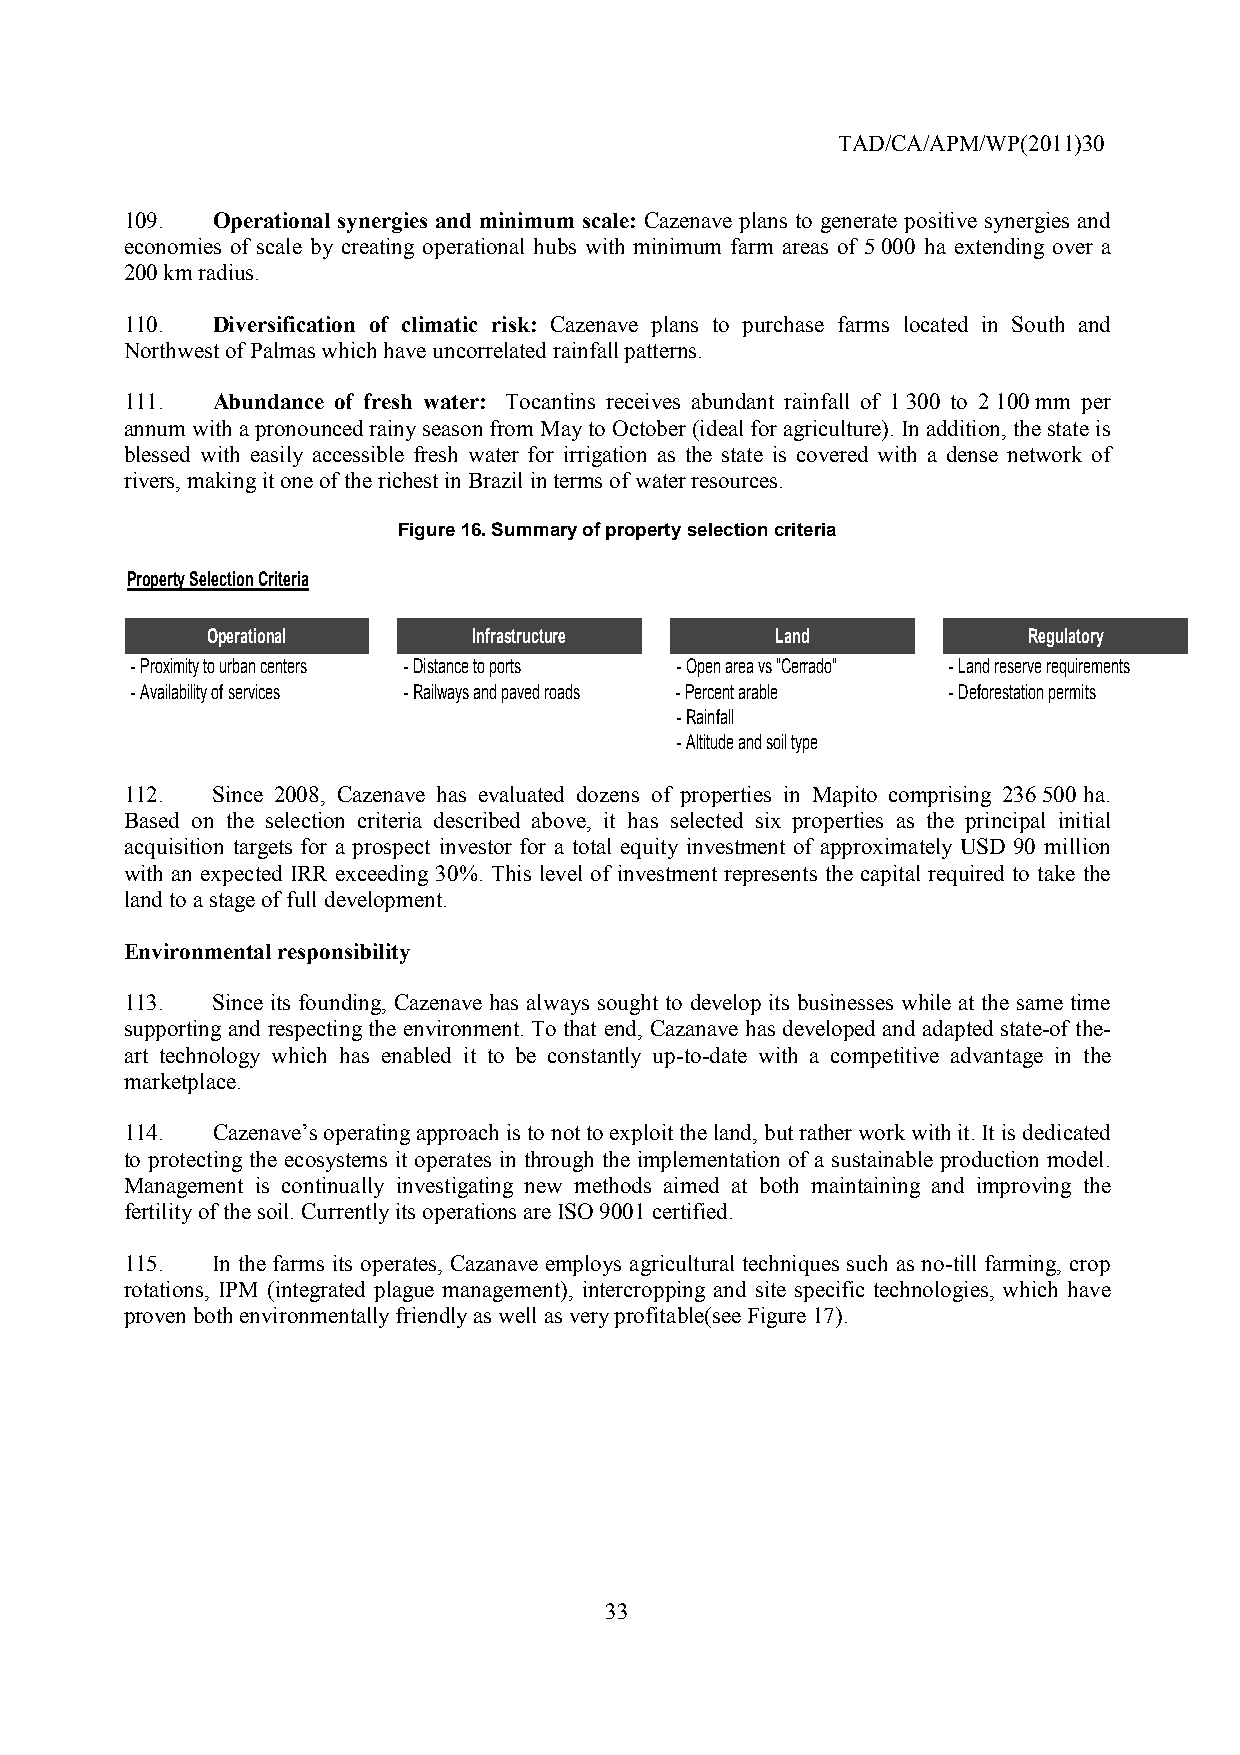
TAD/CA/APM/WP(2011)30
 109.  Operational synergies and minimum scale: Cazenave plans to generate positive synergies and
 economies of scale by creating operational hubs with minimum farm areas of 5 000 ha extending over a
 200 km radius.
 110.  Diversification of climatic risk: Cazenave plans to purchase farms located in South and
 Northwest of Palmas which have uncorrelated rainfall patterns.
 111.  Abundance of fresh water: Tocantins receives abundant rainfall of 1 300 to 2 100 mm per
 annum with a pronounced rainy season from May to October (ideal for agriculture). In addition, the state is
 blessed with easily accessible fresh water for irrigation as the state is covered with a dense network of
 rivers, making it one of the richest in Brazil in terms of water resources.
 Figure 16. Summary of property selection criteria
 Property Selection Criteria
 Operational      Infrastructure      Land             Regulatory
 - Proximity to urban centers - Distance to ports - Open area vs "Cerrado" - Land reserve requirements
 - Availability of services - Railways and paved roads - Percent arable - Deforestation permits
 - Rainfall
 - Altitude and soil type
 112.  Since 2008, Cazenave has evaluated dozens of properties in Mapito comprising 236 500 ha.
 Based on the selection criteria described above, it has selected six properties as the principal initial
 acquisition targets for a prospect investor for a total equity investment of approximately USD 90 million
 with an expected IRR exceeding 30%. This level of investment represents the capital required to take the
 land to a stage of full development.
 Environmental responsibility
 113.  Since its founding, Cazenave has always sought to develop its businesses while at the same time
 supporting and respecting the environment. To that end, Cazanave has developed and adapted state-of the-
 art technology which has enabled it to be constantly up-to-date with a competitive advantage in the
 marketplace.
 114.  Cazenave’s operating approach is to not to exploit the land, but rather work with it. It is dedicated
 to protecting the ecosystems it operates in through the implementation of a sustainable production model.
 Management is continually investigating new methods aimed at both maintaining and improving the
 fertility of the soil. Currently its operations are ISO 9001 certified.
 115.  In the farms its operates, Cazanave employs agricultural techniques such as no-till farming, crop
 rotations, IPM (integrated plague management), intercropping and site specific technologies, which have
 proven both environmentally friendly as well as very profitable(see Figure 17).
 33